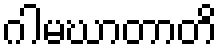
ဂါမဃာတာတိ